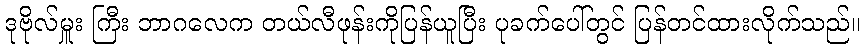
ဒုဗိုလ်မှူး ကြီး ဘာဂလေက တယ်လီဖုန်းကိုပြန်ယူပြီး ပုခက်ပေါ်တွင် ပြန်တင်ထားလိုက်သည်။